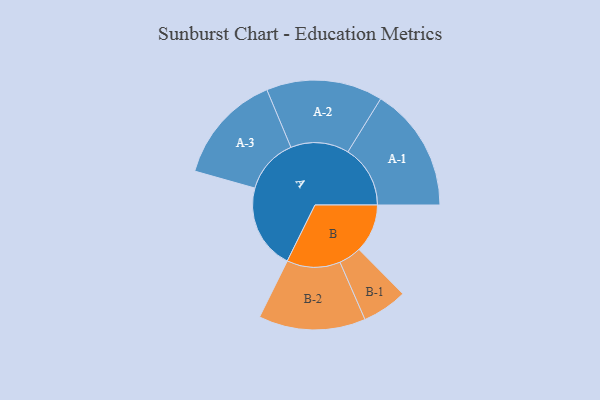
{"axis": {"x": "Segment", "y": "Value"}, "legend": ["", "A", "B"], "data": [{"x": "A", "y": 391, "type": ""}, {"x": "B", "y": 223, "type": ""}, {"x": "A-1", "y": 287, "type": "A"}, {"x": "A-2", "y": 268, "type": "A"}, {"x": "A-3", "y": 254, "type": "A"}, {"x": "B-1", "y": 104, "type": "B"}, {"x": "B-2", "y": 246, "type": "B"}]}